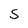
Character: s